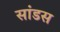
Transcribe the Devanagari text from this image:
सांडस